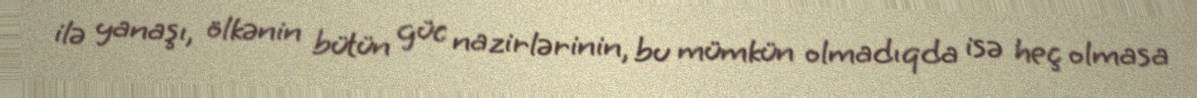
ilə yanaşı, ölkənin bütün güc nazirlərinin, bu mümkün olmadıqda isə heç olmasa